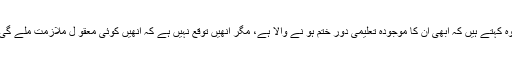
وہ کہتے ہیں کہ ابھی اُن کا موجودہ تعلیمی دور ختم ہو نے والا ہے، مگر اُنھیں توقع نہیں ہے کہ اُنھیں کوئی معقو ل ملازمت ملے گی۔